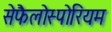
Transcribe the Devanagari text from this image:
सेफैलोस्पोरियम